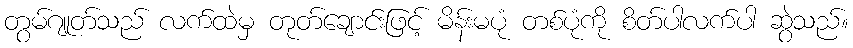
တွမ်ဂျုတ်သည် လက်ထဲမှ တုတ်ချောင်းဖြင့် မိန်းမပုံ တစ်ပုံကို စိတ်ပါလက်ပါ ဆွဲသည်။